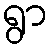
ရွာ